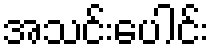
အသင်းပေါင်း